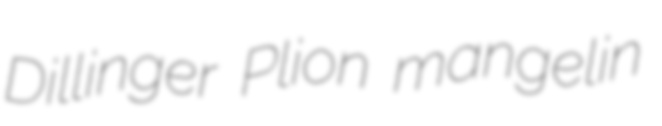
Dillinger Plion mangelin